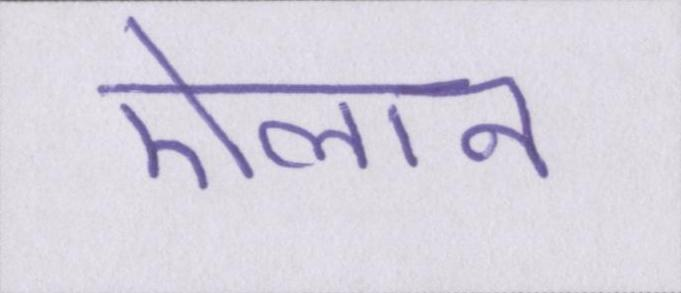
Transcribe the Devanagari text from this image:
ऐलान